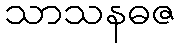
သာသနဓဇ